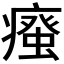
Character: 𭼦